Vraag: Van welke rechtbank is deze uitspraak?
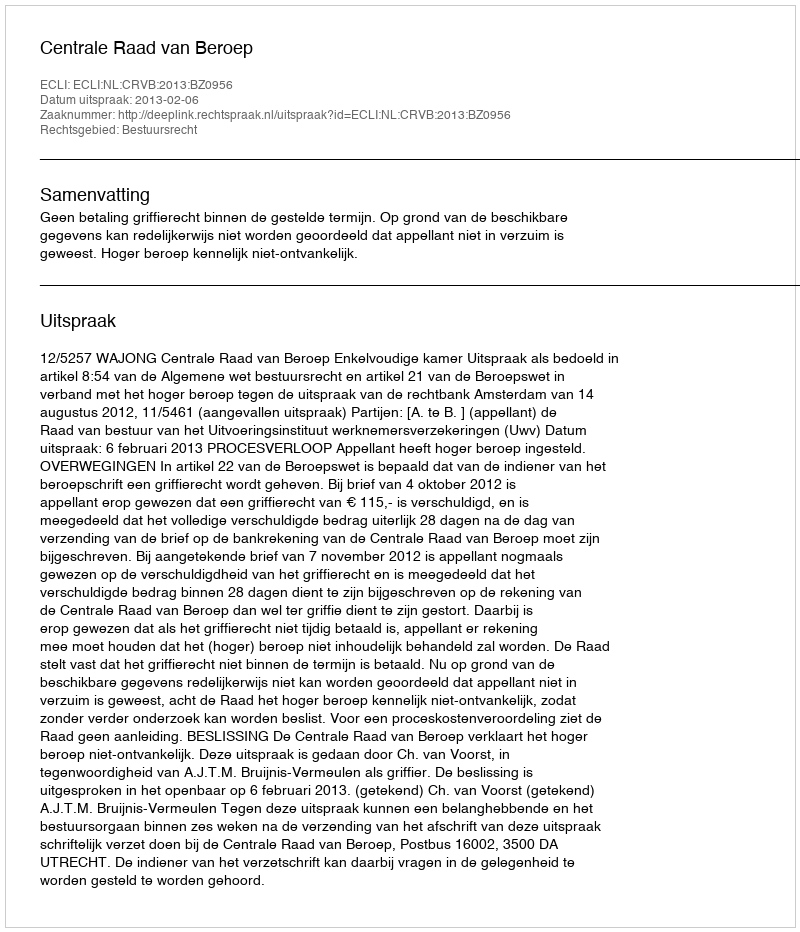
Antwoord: Centrale Raad van Beroep